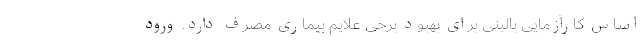
اساس کارآزمایی بالینی برای بهبود برخی علایم بیماری مصرف دارد. ورود